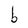
Character: b